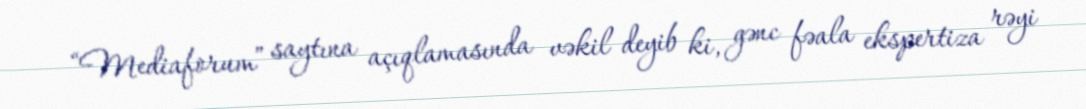
“Mediaforum” saytına açıqlamasında vəkil deyib ki, gənc fəala ekspertiza rəyi